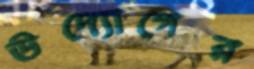
উদ্যোগের